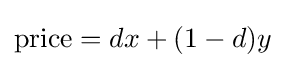
{\text{price}}=dx+(1-d)y